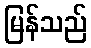
မြန်သည်